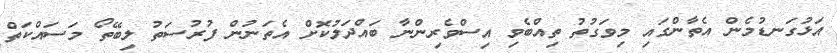
އަޅުގަނޑުމެން އެތާންގައި މިވަގުތު ތިއްބެވި އިސްވެރިންނާ ބައްދަލުކޮށް އެތަނުން ފުރުސަތު ލިބޭތޯ މަސައްކަތް